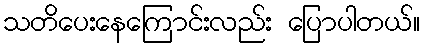
သတိပေးနေကြောင်းလည်း ပြောပါတယ်။